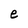
Character: e